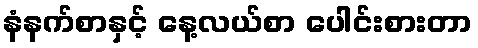
နံနက်စာနှင့် နေ့လယ်စာ ပေါင်းစားတာ